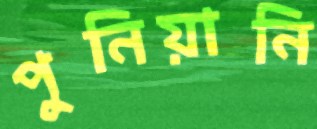
পুনিয়ানি